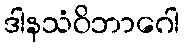
ဒါနသံဝိဘာဂေါ